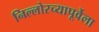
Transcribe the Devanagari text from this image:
निल्लोरच्यापूर्वेला